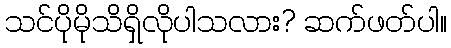
သင်ပိုမိုသိရှိလိုပါသလား? ဆက်ဖတ်ပါ။